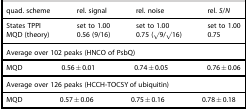
| quad. scheme | rel. signal | rel. noise | rel. S/N |
 | --- | --- | --- | --- |
 | States TPPI | set to 1.00 | set to 1.00 | set to 1.00 |
 | MQD (theory) | 0.56 (9/16) | 0.75 (√9/√16) | 0.75 |
 | <COLSPAN=4> Average over 102 peaks (HNCO of PsbQ) |
 | MQD | 0.56±0.01 | 0.74±0.05 | 0.76±0.06 |
 | <COLSPAN=4> Average over 126 peaks (HCCH-TOCSY of ubiquitin) |
 | MQD | 0.57±0.06 | 0.75±0.16 | 0.78±0.18 |